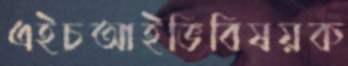
এইচআইভিবিষয়ক